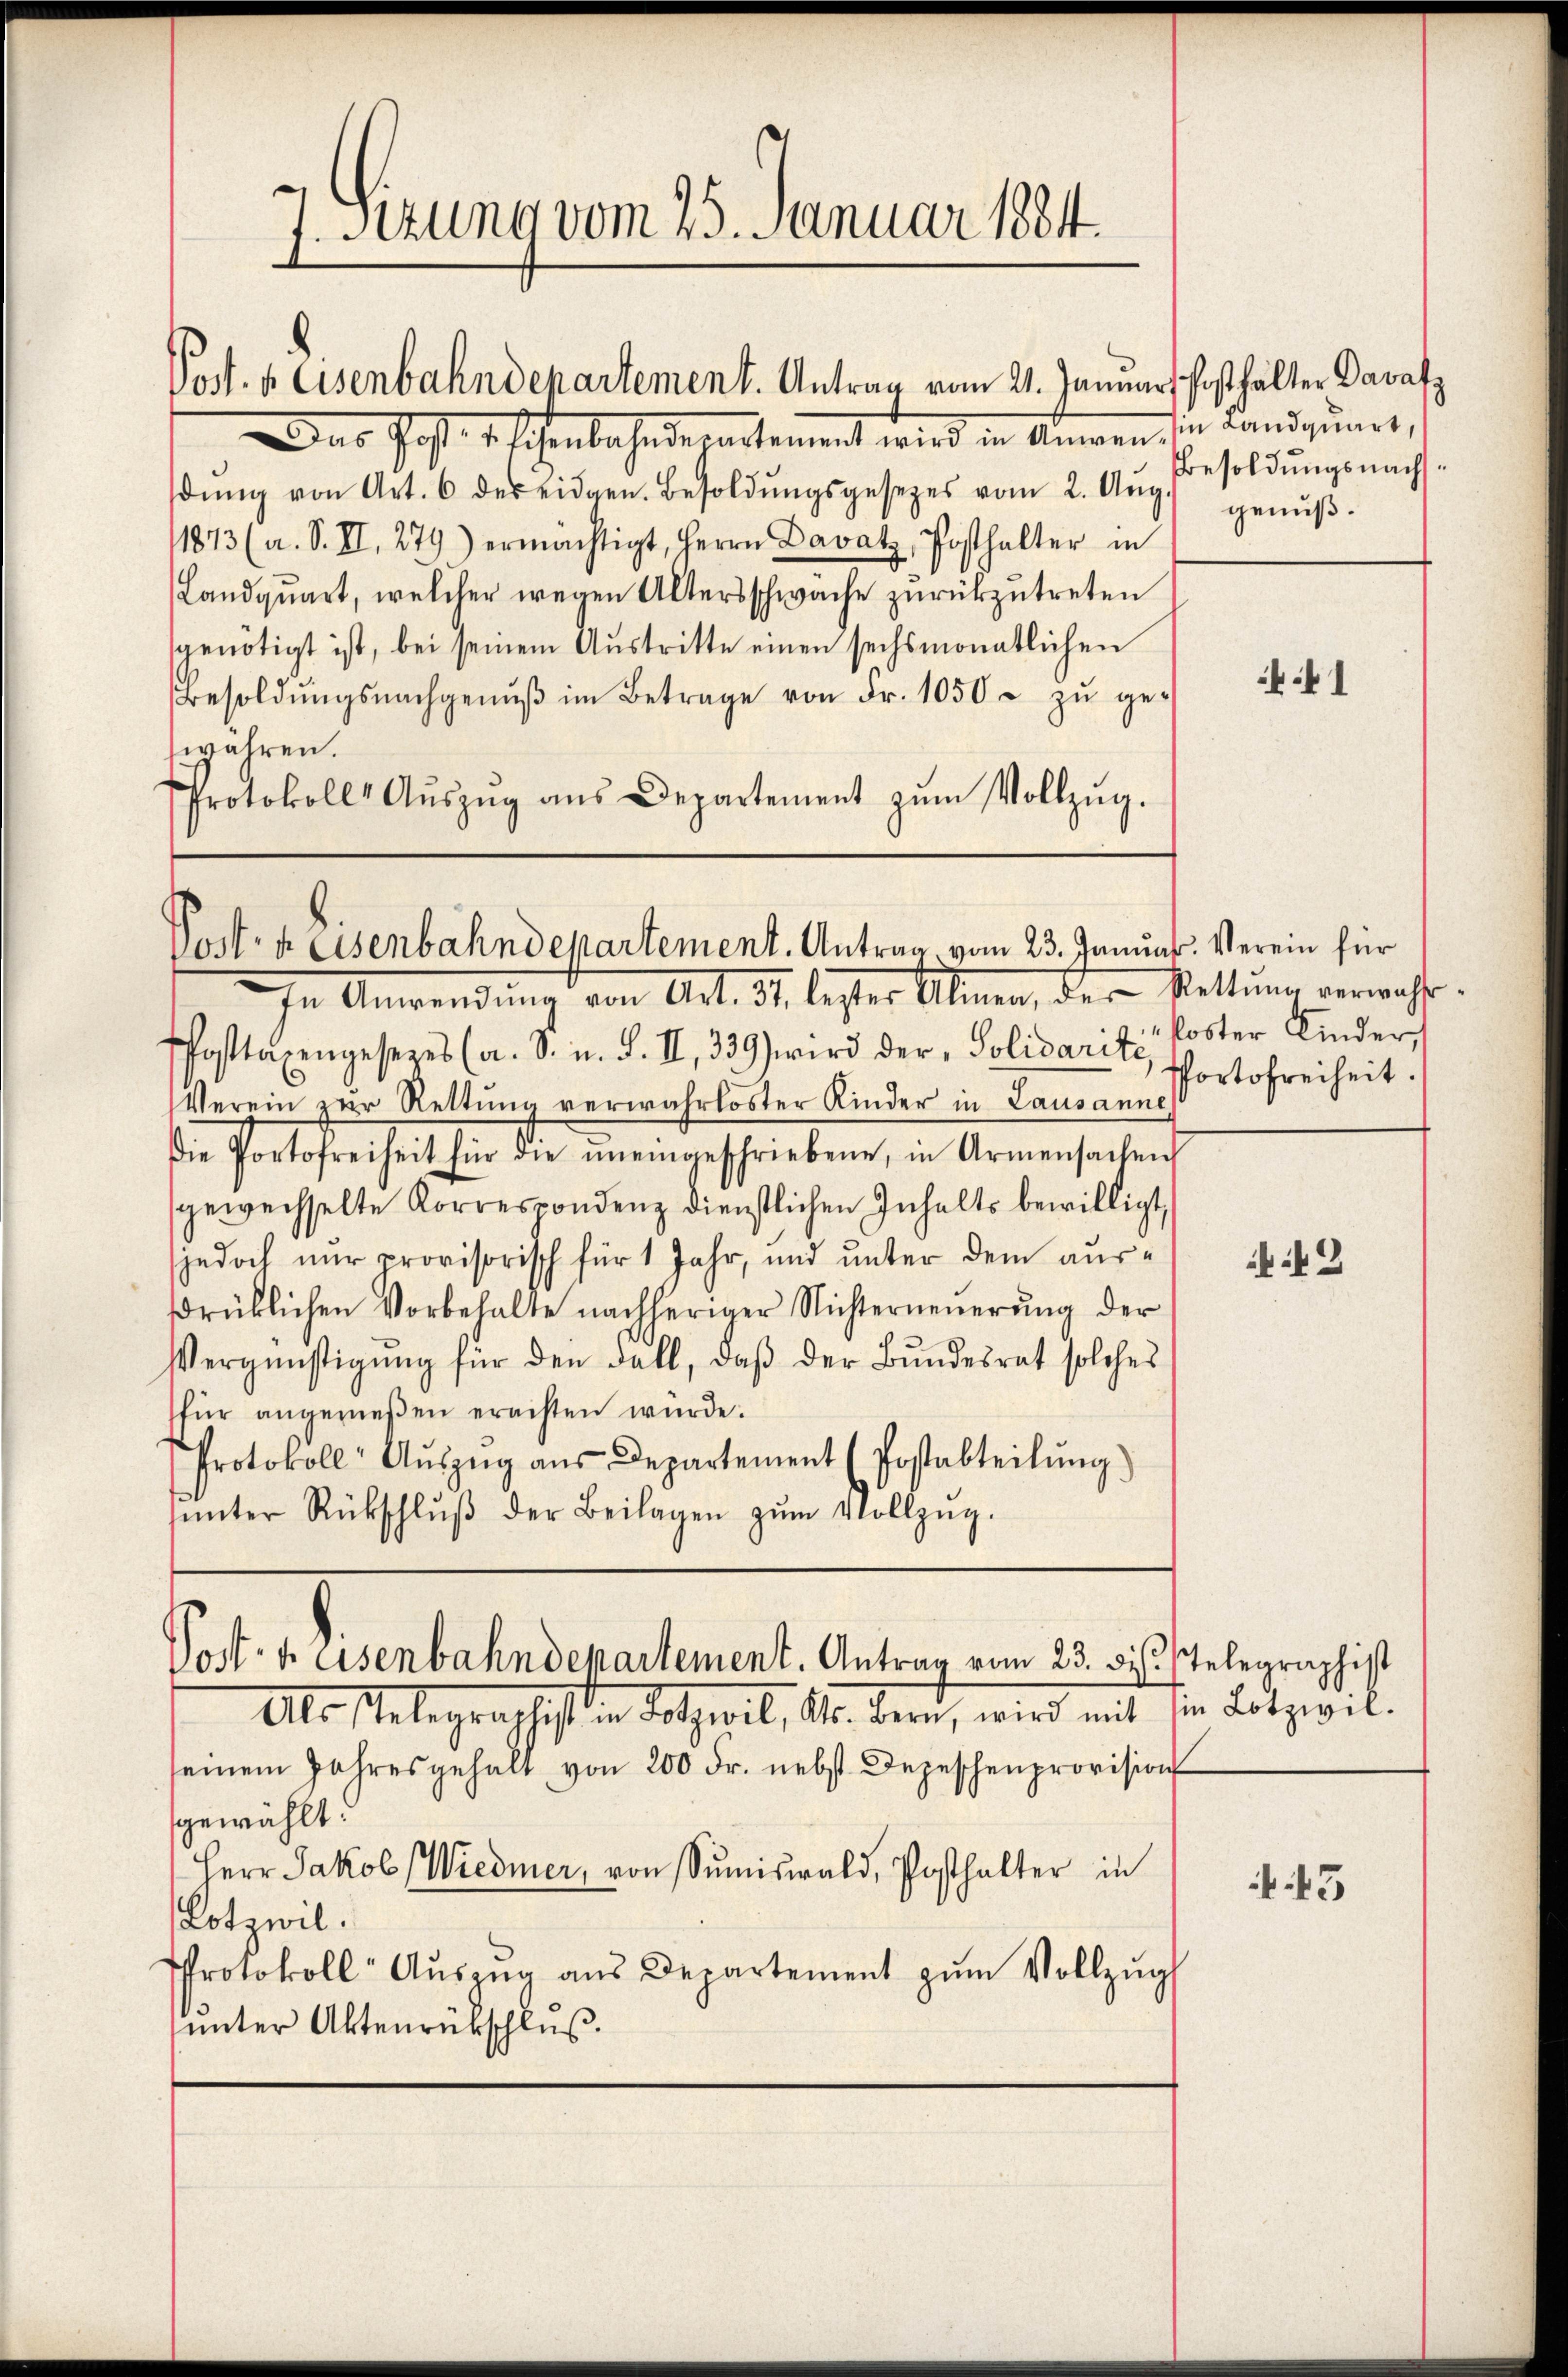
J. Sizung vom 25. Januar 1884.
Post. h. Eisenbahndepartement. Antrag vom 21. Januars Posthalter Darafz

Das Post. Er sehenbahnderartement wird in Ammen, in Landzumes,
dŭng von Art. 6 des eidgen. Besoldŭngsgesetzes vom 2. Aŭg. genŭβ-
1873 (a. S. II, 279) ermächtigt, Herrn Davatz, Posthalter in
Landquart, welcher wegen Altersschwache zurückzutreten
sgenötigt ist, bei seinem Aŭstritte einen sechsmonatlichen
Besoldŭngsnachgenŭβ im Betrage von Fr. 1050 u zŭ ge-
währen.
Protokolls Aŭszŭg aŭs Departement zŭm Vollzŭg.

Posten Eisenbahndepartement. Antrag vom 23. Januar. Verein für
In Anwendung von Art. 31. bester Almen, der Rettung verwahr

Pfosttaxengesetzes (a. S. u. S. II, 339) wird der, Solidaritz, Portofreiheit.
Verein zur Rettŭng verwahrloster Kinder in Lausanne
Die Portofreiheit für die ŭneingeschriebene, in Armensachen
gewechselte Korrespondenz dienstlichen Inhalts bewilligt,
jedoch nur provisorisch für 1 Jahr, und unter dem ausdrüklichen Vorbehalte nachheriger Nichterneŭerŭng der
Vergünstigŭng für den Fall, daβ der Bŭndesrat solches
für angewesen ereisten würde.
Protokoll- Aŭszŭg aŭs Departement (Postabteilŭng)
ŭnter Rückschlŭβ der Beilagen zŭm Vollzŭg.

Post- u. Eisenbahndepartement. Antrag vom 23. bis Telegraphist

Als Telegraphisten Volpeil, Kt. Bern, wird mit sie Lotzivil-
seinem Jahresgehalt von 200 Fr. nebst Depeschenprovision
gewählt.
Herr Jakob (Wiedmer, von Sŭmiswald, Posthalter in
Lotzwil.
Protokoll Aŭszŭg aŭs Departement zŭm Vollzŭg
unter Aktenrückschluß.

Besoldungsnachs¬

1

koster Kinder,

3

f 43